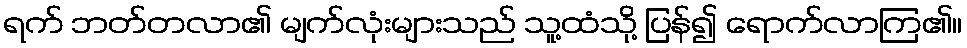
ရက် ဘတ်တလာ၏ မျက်လုံးများသည် သူ့ထံသို့ ပြန်၍ ရောက်လာကြ၏။